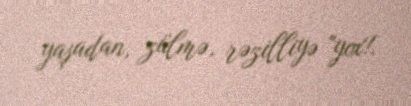
yaşadan, zülmə, rəzilliyə "yox!.